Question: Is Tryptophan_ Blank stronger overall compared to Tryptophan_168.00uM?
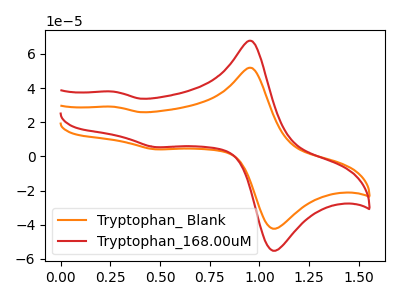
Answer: <think>The orange curve "Tryptophan_ Blank" has anodic peaks at (0.95V, 51.80uA) (0.25V, 29.05uA) and cathodic peaks at (1.10V, -41.70uA) (0.50V, 4.15uA). The red curve "Tryptophan_168.00uM" has anodic peaks at (0.95V, 67.60uA) (0.25V, 37.90uA) and cathodic peaks at (1.10V, -54.45uA) (0.50V, 5.40uA).
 All the peaks in "Tryptophan_ Blank" have a peak in "Tryptophan_168.00uM" at the same potential.</think>
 <answer>I cant tell if "Tryptophan_ Blank" or "Tryptophan_168.00uM" has more signal.</answer>
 <eval>mixed_signal</eval>